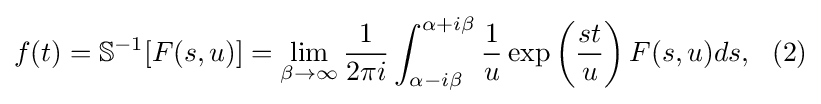
f(t)=\mathbb {S} ^{-1}[F(s,u)]=\lim _{\beta \rightarrow \infty }{\frac {1}{2\pi i}}\int _{\alpha -i\beta }^{\alpha +i\beta }{\frac {1}{u}}\exp \left({\frac {st}{u}}\right)F(s,u)ds,\,\,\,\,(2)